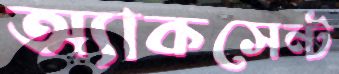
অ্যাকসেন্ট